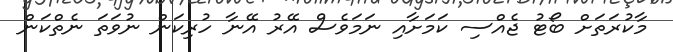
މާކުރަތަށް ބޯޓު ޖެއްސި ކަމަށާއި ނަމަވެސް އޭރު އޭނާ ހުރިކަން ނުވަތަ ނެތްކަން